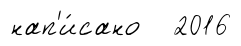
нап'и́сано 2016